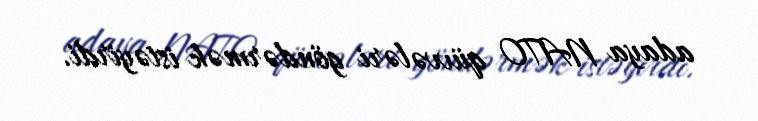
adaya NATO qüvvələri göndərmək istəyirdi.